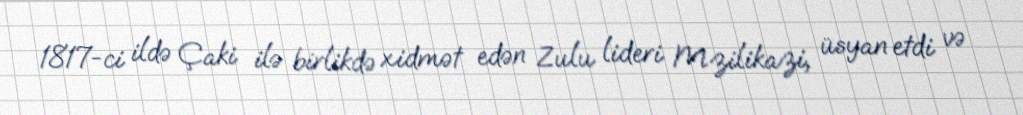
1817-ci ildə Çaki ilə birlikdə xidmət edən Zulu lideri Mzilikazi, üsyan etdi və